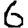
Digit: 6